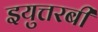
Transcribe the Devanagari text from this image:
इयुत्तरबी